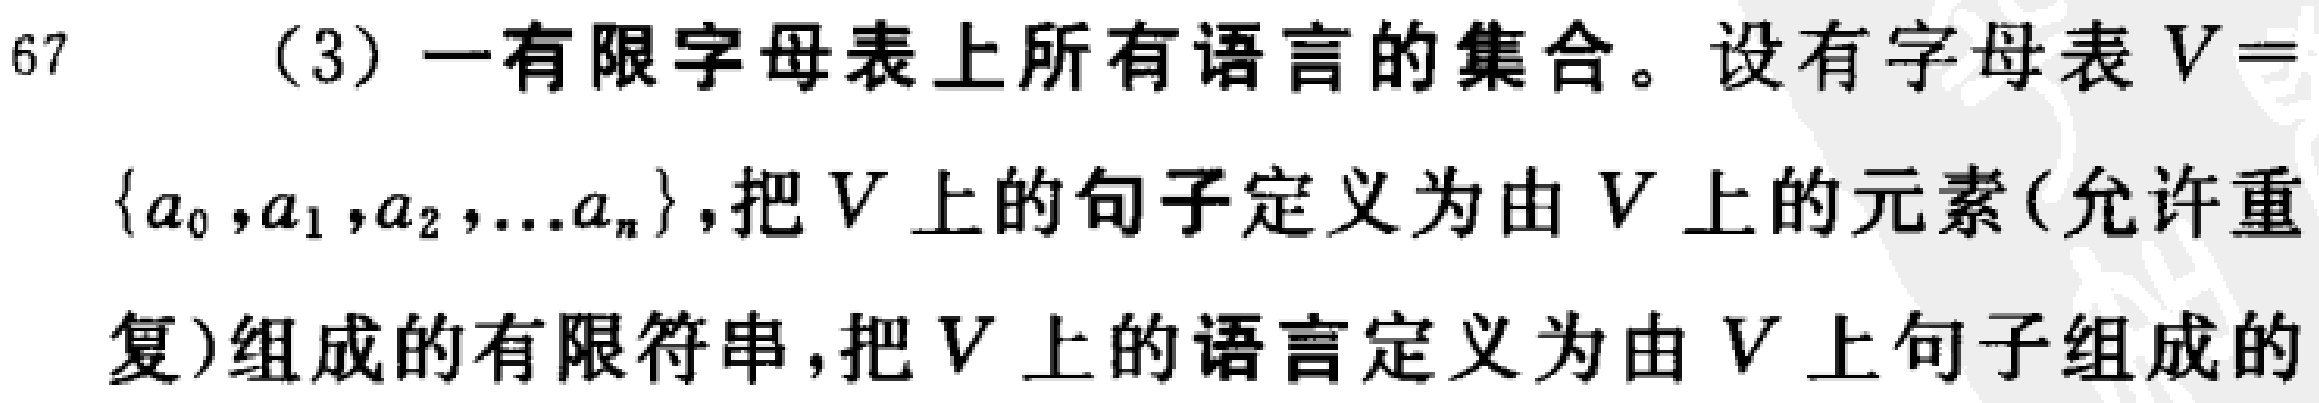
(3) 一有限字母表上所有语言的集合。设有字母表 \(V = \{a_0,a_1,a_2,\ldots a_n\}\),把 \(V\) 上的句子定义为由 \(V\) 上的元素(允许重复)组成的有限符串,把 \(V\) 上的语言定义为由 \(V\) 上句子组成的